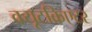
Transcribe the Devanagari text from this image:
क्यूटक्रिएटर